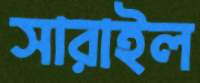
সারাইল